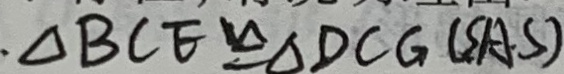
\Delta B C E \cong \Delta D C G ( S A S )